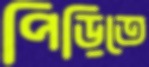
পিড়িতে